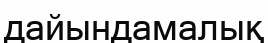
дайындамалық